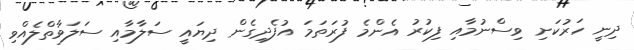
ދިނީ ހަރުކަށި ވިސްނުމާއި ފިކުރު އެންމެ ފުރަތަމަ އުފެދިގެން ދިޔައީ ސަލާމާއި ސަލަވާތްލެއްވި